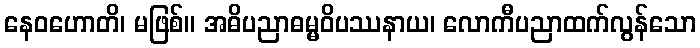
နေဝဟောတိ၊ မဖြစ်။ အဓိပညာဓမ္မဝိပဿနာယ၊ လောကီပညာထက်လွန်သော